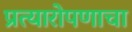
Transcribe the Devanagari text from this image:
प्रत्यारोपणाचा